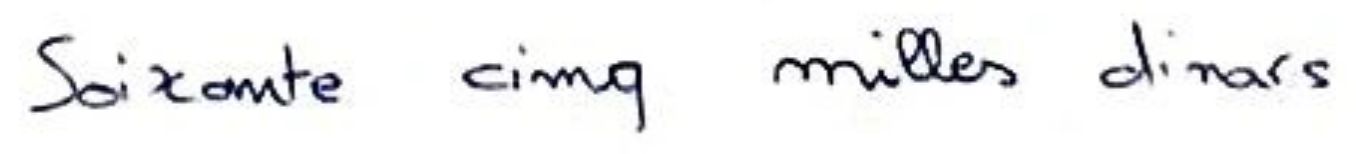
Soixante cinq milles dinars